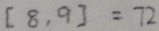
[ 8 , 9 ] = 7 2